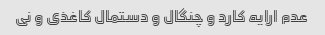
عدم ارایه کارد و چنگال و دستمال کاغذی و نی